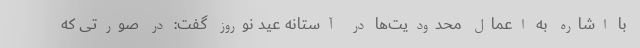
با اشاره به اعمال محدودیت‌ها در آستانه عید نوروز گفت: در صورتی که